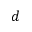
d